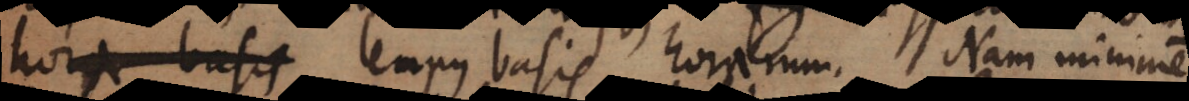
rum; tempus basis horarum. Nam minime